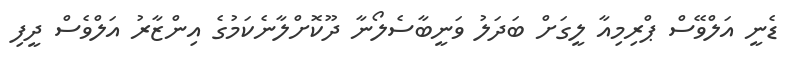
ޑެނީ އަލްވޭސް ޕްރިމިއާ ލީގަށް ބަދަލު ވަނީބާސެލޯނާ ދޫކޮށްލާނެކަމުގެ އިންޒާރު އަލްވެސް ދީފި